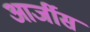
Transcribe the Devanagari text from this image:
आर्जीस